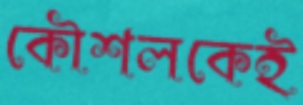
কৌশলকেই